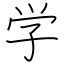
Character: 学